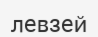
левзей